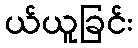
ယ်ယူခြင်း